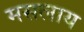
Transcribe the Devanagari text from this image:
मसलाय